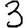
Digit: 3